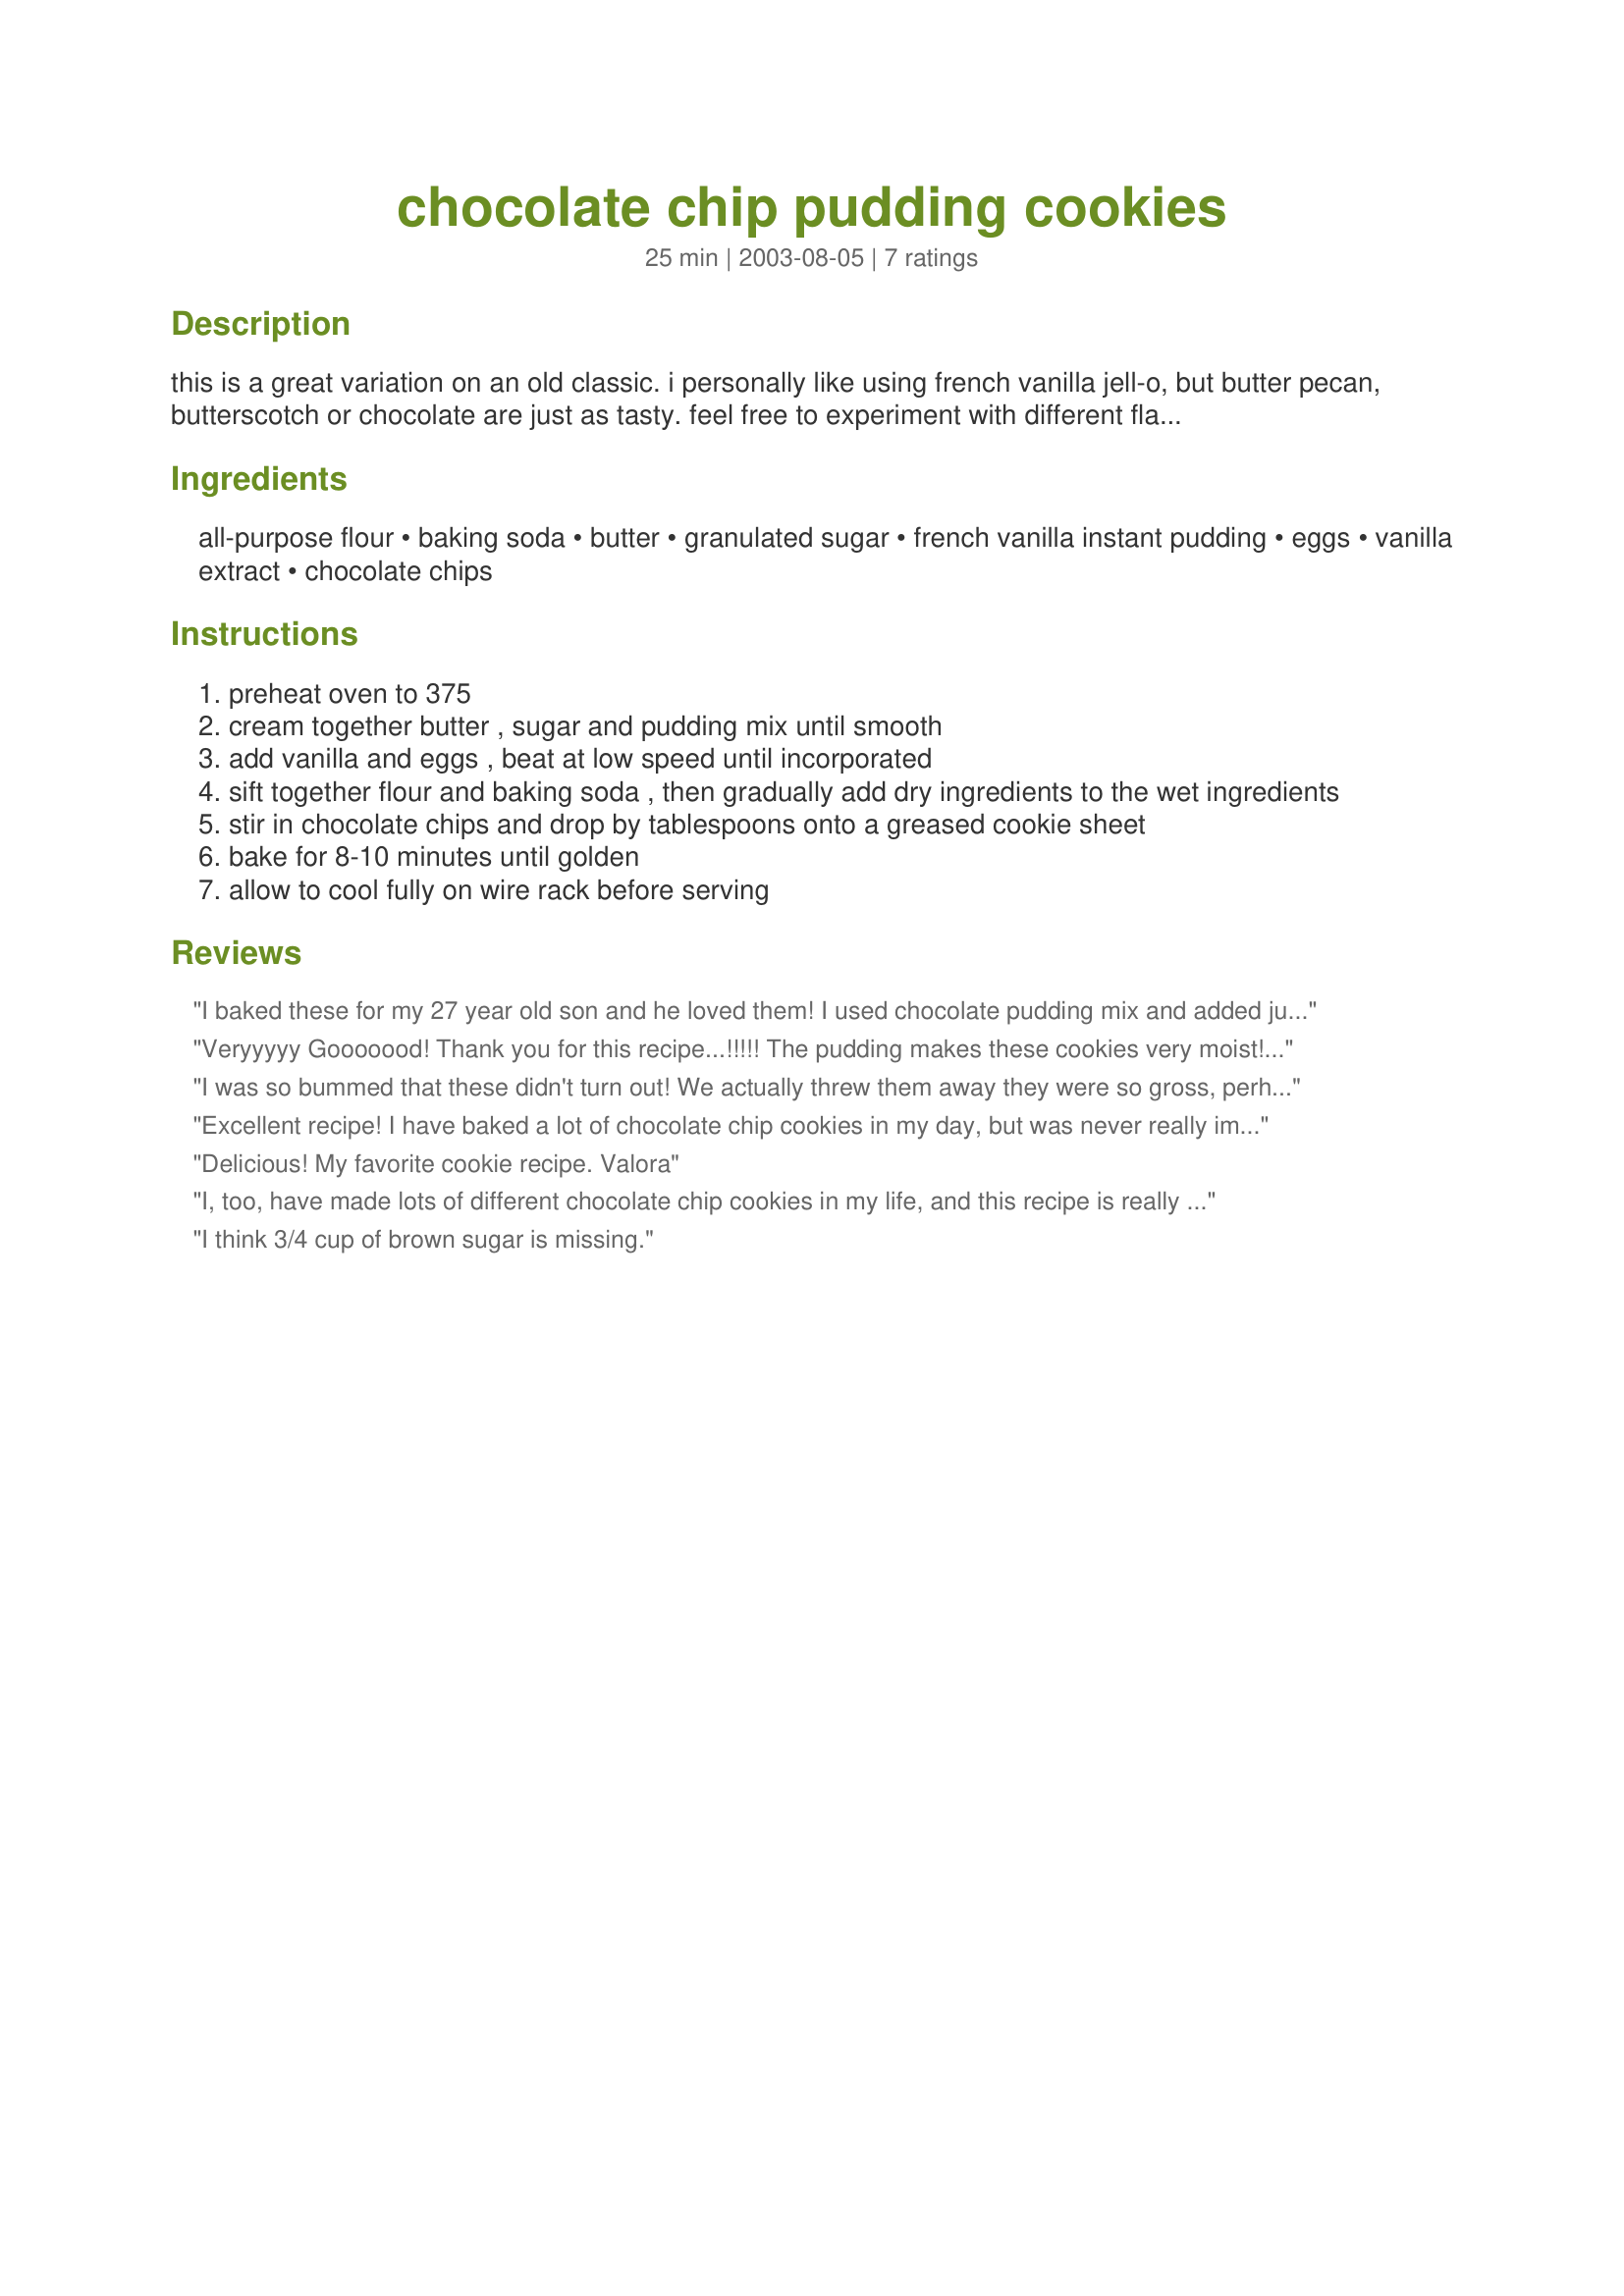
chocolate chip pudding cookies
Preparation time: 25 minutes

this is a great variation on an old classic. i personally like using french vanilla jell-o, but butter pecan, butterscotch or chocolate are just as tasty. feel free to experiment with different flavours!

Ingredients:
all-purpose flour, baking soda, butter, granulated sugar, french vanilla instant pudding, eggs, vanilla extract, chocolate chips

Steps:
preheat oven to 375
cream together butter , sugar and pudding mix until smooth
add vanilla and eggs , beat at low speed until incorporated
sift together flour and baking soda , then gradually add dry ingredients to the wet ingredients
stir in chocolate chips and drop by tablespoons onto a greased cookie sheet
bake for 8-10 minutes until golden
allow to cool fully on wire rack before serving

Reviews:
I baked these for my 27 year old son and he loved them! I used chocolate pudding mix and added just a touch more sugar to the mix. Thanks for a good cookie!
Veryyyyy Gooooood!
Thank you for this recipe...!!!!! The pudding makes these cookies very moist!

Thank you!
I was so bummed that these didn't turn out! We actually threw them away they were so gross, perhaps I messed up the recipe or something. :(
Excellent recipe! I have baked a lot of chocolate chip cookies in my day, but was never really impressed with them until I tried this recipe. These are really soft and tasty. They are even better than cookies from the bakery. I have only used the plain vanilla pudding in them, but will have to try the others.
Delicious! My favorite cookie recipe. Valora
I, too, have made lots of different chocolate chip cookies in my life, and this recipe is really great. Actually, I followed the recipe exactly up to a point. I did use french vanilla pudding, but instead of white sugar, I used 1/2 C. brown sugar. And when I opened the package of what I thought were chocolate chips, they were butterscotch chips. Since I didn't have any chocolate chips on hand (boy, was I not paying attention) and the butterscotch chips were already opened, I went ahead and used them and the cookies were really good. DH was skeptical because he doesn't really like anything but cc cookies, but he really liked them.
I think 3/4 cup of brown sugar is missing.
